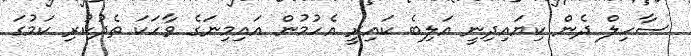
ސާހިލް ދެން ކިޔައިދިނީ އަލިބެ ކައިރީ އެހުމުން އައިމިނަގެ ވާހަކަ ތެދުކުރި ކަމުގަ